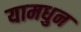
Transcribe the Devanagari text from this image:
यामधुन